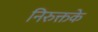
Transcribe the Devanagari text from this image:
निरुक्तके